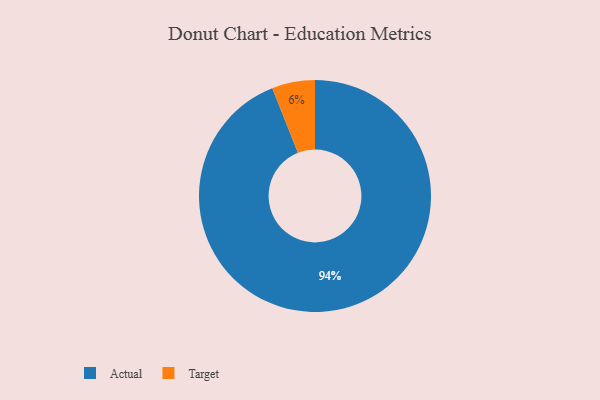
{"axis": {"x": "Category", "y": "Percentage"}, "legend": ["Actual", "Target"], "data": [{"x": "Target", "y": 6, "type": "Target"}, {"x": "Actual", "y": 94, "type": "Actual"}]}